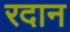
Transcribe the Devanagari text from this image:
रदान